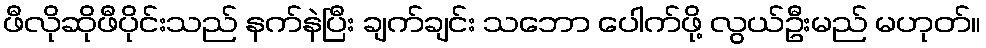
ဖီလိုဆိုဖီပိုင်းသည် နက်နဲပြီး ချက်ချင်း သဘော ပေါက်ဖို့ လွယ်ဦးမည် မဟုတ်။